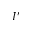
I ^ { \prime }